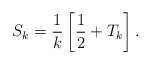
\begin{align*}S_k = \frac1k\left[\frac12 + T_k\right].\end{align*}